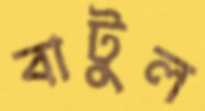
বাটুল